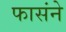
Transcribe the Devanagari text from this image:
फासंने